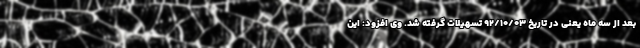
بعد از سه ماه یعنی در تاریخ ۹۲/۱۰/۰۳ تسهیلات گرفته شد. وی افزود: این